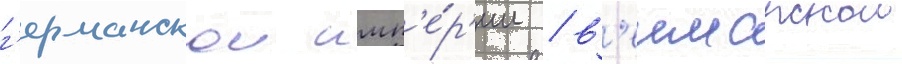
г'ерманскои имп'е́р'ии / в'еимарскои